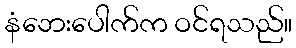
နံဘေးပေါက်က ဝင်ရသည်။